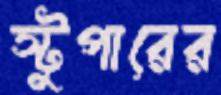
স্টুপারের